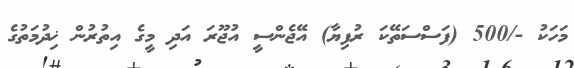
މަހަކު -/500 (ފަސްސަތޭކަ ރުފިޔާ) އޭޖެންސީ އުޖޫރަ އަދި މީގެ އިތުރުން ޚިދުމަތުގެ